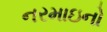
નરમાઇનો